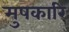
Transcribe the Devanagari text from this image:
मुषकारि